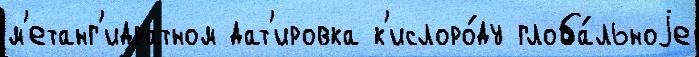
м'етанг'идратном дат'ировка к'ислоро́ду глоба́льноjе